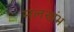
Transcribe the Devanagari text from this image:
मलखंभ